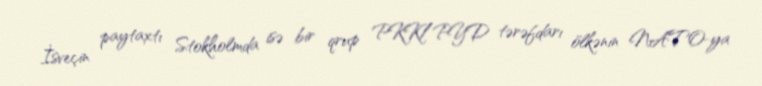
İsveçin paytaxtı Stokholmda isə bir qrup PKK/PYD tərəfdarı ölkənin NATO-ya